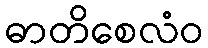
ဓာတိစေလံဝ